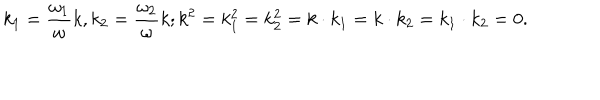
k _ { 1 } = { \frac { \omega _ { 1 } } { \omega } } k , k _ { 2 } = { \frac { \omega _ { 2 } } { \omega } } k ; k ^ { 2 } = k _ { 1 } ^ { 2 } = k _ { 2 } ^ { 2 } = k \cdot k _ { 1 } = k \cdot k _ { 2 } = k _ { 1 } \cdot k _ { 2 } = 0 .